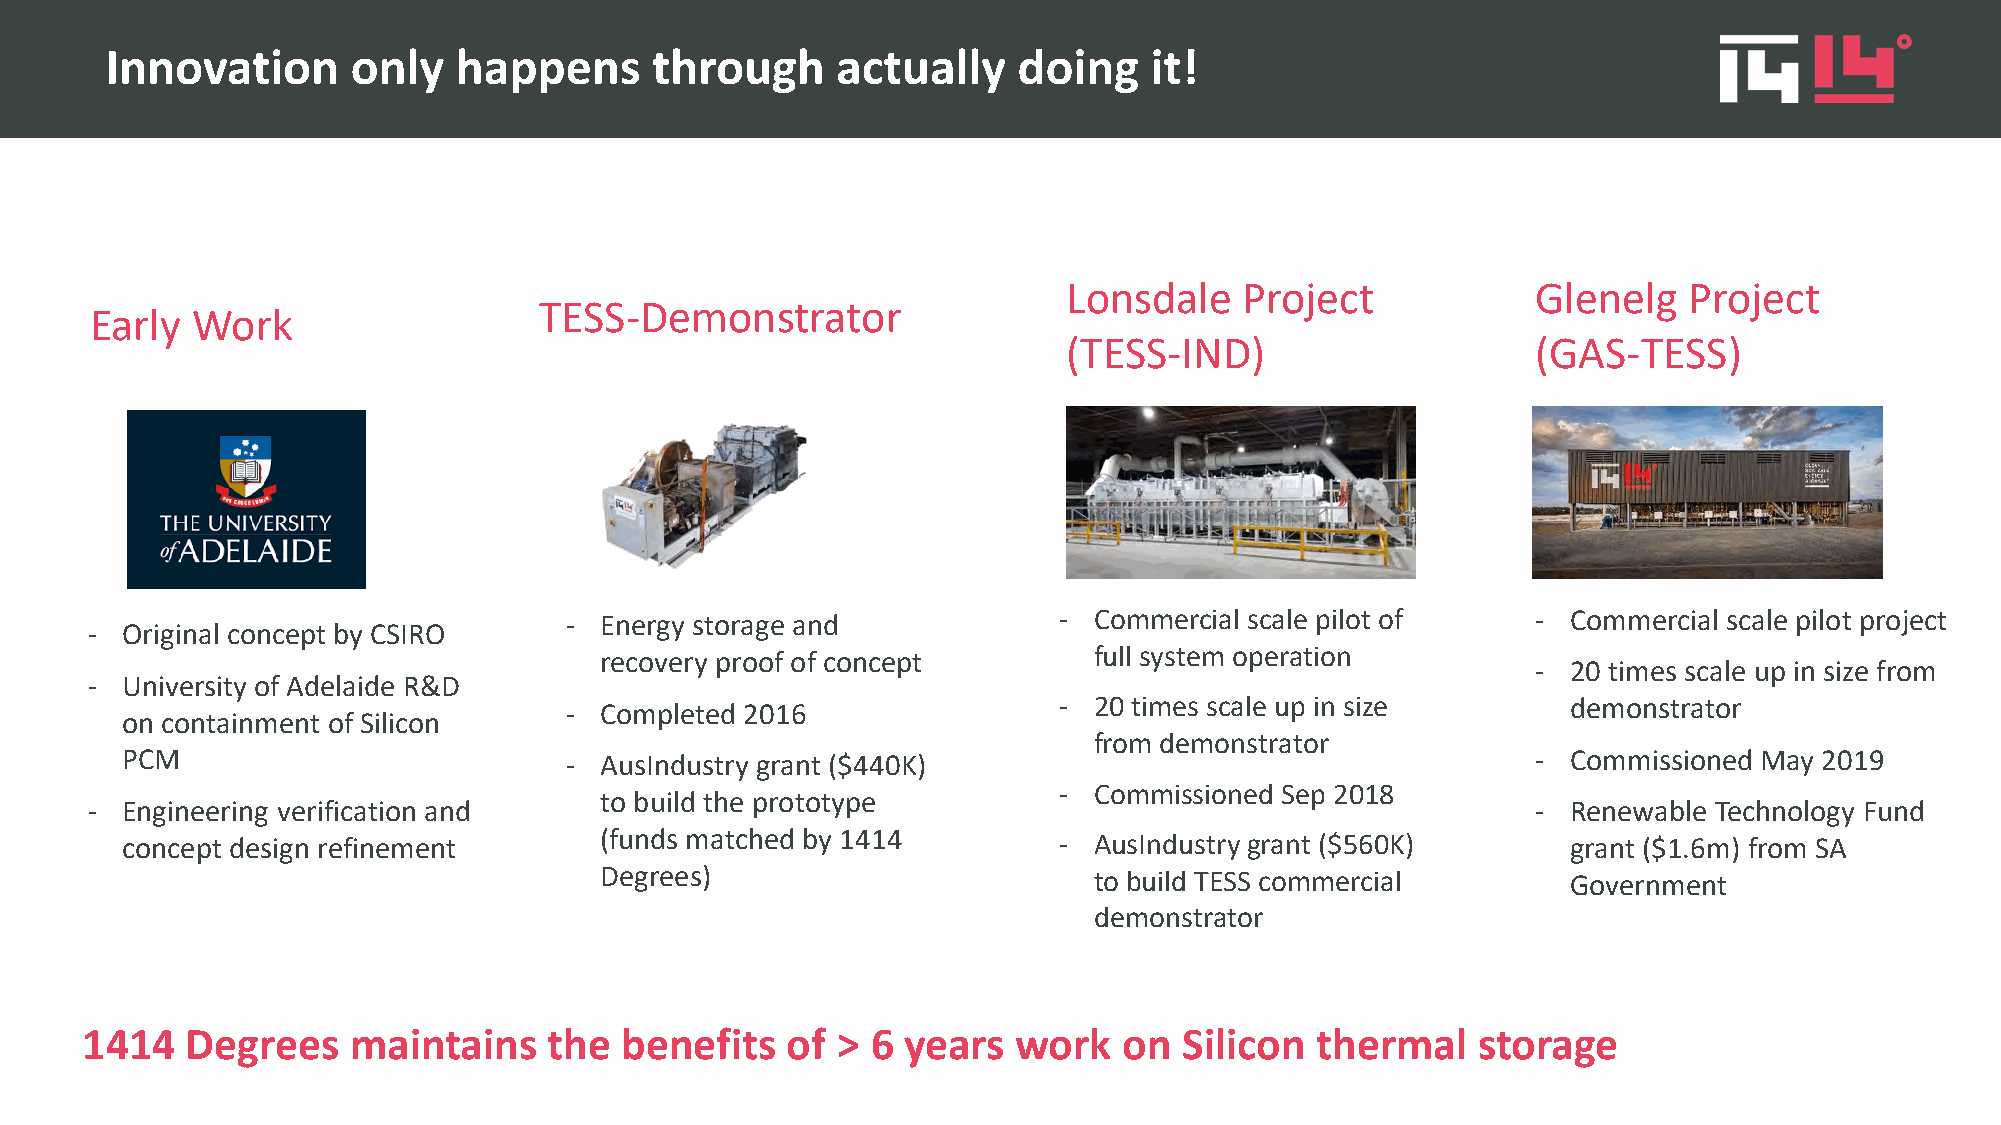
Innovation      only   happens      through     actually    doing    it!
 Lonsdale   Project             Glenelg   Project
 TESS-Demonstrator
 Early  Work
 (TESS-IND)                     (GAS-TESS)
 -  Energy storage and            - Commercial scale pilot of     - Commercial scale pilot project
 - Original concept by CSIRO
 full system operation
 recovery proof of concept
 - 20 times scale up in size from
 - University of Adelaide R&D
 -  Completed 2016                - 20 times scale up in size       demonstrator
 on containment of Silicon
 from demonstrator
 PCM                          -  AusIndustry grant ($440K)                                     - Commissioned May 2019
 - Commissioned Sep 2018
 to build the prototype
 - Engineering verification and                                                                  - Renewable Technology Fund
 concept design refinement       (funds matched by 1414        - AusIndustry grant ($560K)       grant ($1.6m) from SA
 Degrees)                        to build TESS commercial        Government
 demonstrator
 1414   Degrees    maintains    the  benefits   of >  6 years  work   on  Silicon  thermal    storage